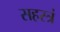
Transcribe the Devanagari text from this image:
सहस्त्रं